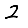
Digit: 2